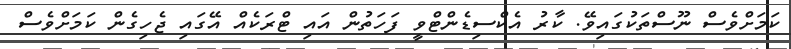
ކަމަށްވެސް ނޫސްތަކުގައިވޭ. ކާރު އެކްސިޑެންޓްވީ ފަހަތުން އައި ޓްރަކެއް އޭގައި ޖެހިގެން ކަަމަށްވެސް